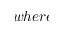
w h e r e